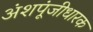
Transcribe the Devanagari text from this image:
अंशपूंजीधारक